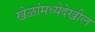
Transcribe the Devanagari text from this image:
खेळांमध्येदेखील